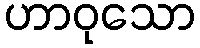
ဟာဝုသော